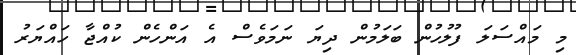
މި މައްސަލަ ފުލުހުން ބަލަމުން ދިޔަ ނަމަވެސް އެ އަންހެން ކުއްޖާ ހައްޔަރު